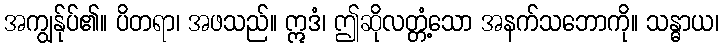
အကျွန်ုပ်၏။ ပိတရာ၊ အဖသည်။ ဣဒံ၊ ဤဆိုလတ္တံ့သော အနက်သဘောကို။ သန္ဓာယ၊